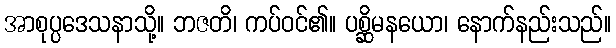
အာစုပ္ပဒေသနာသို့။ ဘဇတိ၊ ကပ်ဝင်၏။ ပစ္ဆိမနယော၊ နောက်နည်းသည်။